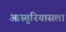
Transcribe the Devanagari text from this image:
आस्तुरियासला